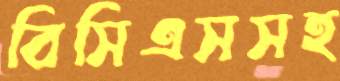
বিসিএসসহ